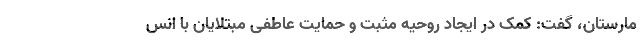
مارستان، گفت: کمک در ایجاد روحیه مثبت و حمایت عاطفی مبتلایان با انس